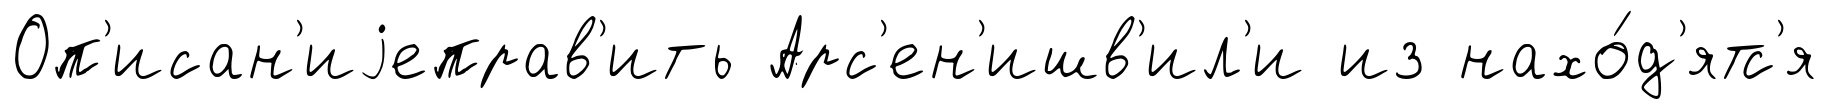
Оп'исан'иjеправ'ить Арс'ен'ишв'ил'и из нахо́д'ятс'я